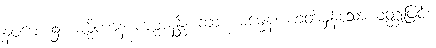
နဝမေ၊ ၌။ ဓမ္မိကာနံ ကမ္မာနန္တိ၊ ကား။ ဓမ္မေန၊ ဟုတ်မှန်သော ဝတ္ထုဖြင့်။